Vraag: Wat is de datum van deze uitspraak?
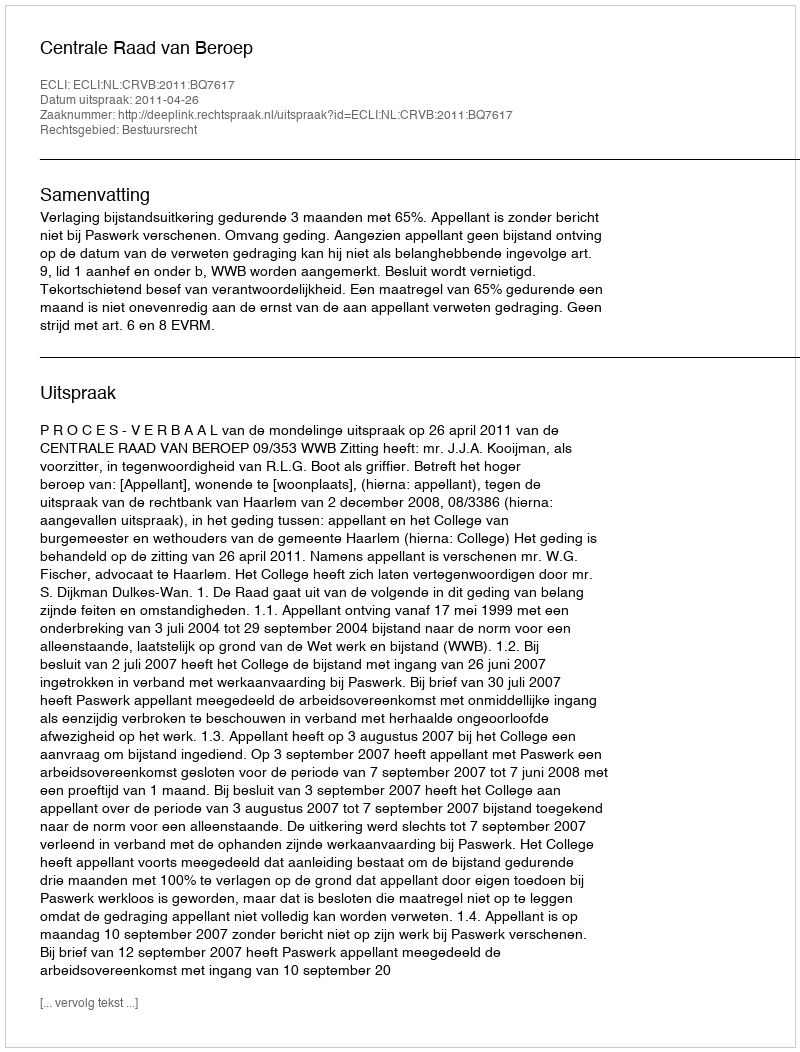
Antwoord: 2011-04-26